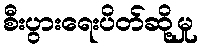
စီးပွားရေးပိတ်ဆို့မှု